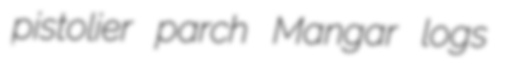
pistolier parch Mangar logs